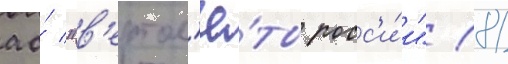
ао́ "в'ертол'ё́ты росс'и́и" (81